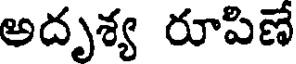
అదృశ్య రూపిణే